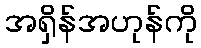
အရှိန်အဟုန်ကို